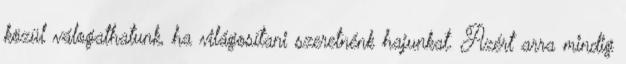
közül válogathatunk, ha világosítani szeretnénk hajunkat. Azért arra mindig